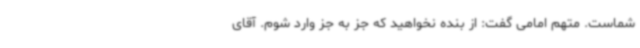
شماست. متهم امامی گفت: از بنده نخواهید که جز به جز وارد شوم. آقای